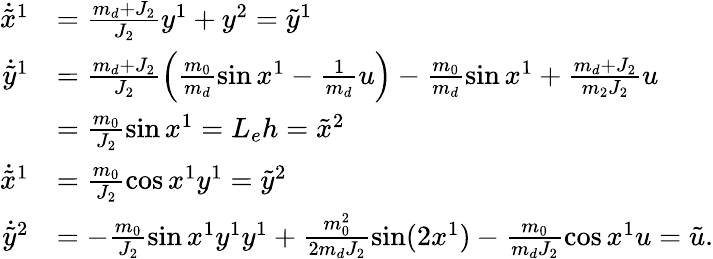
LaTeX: \begin{array}{rl}{\dot{\tilde{x}}^{1}}&{=\frac{m_{d}+J_{2}}{J_{2}}y^{1}+y^{2}=\tilde{y}^{1}}\\ {\dot{\tilde{y}}^{1}}&{=\frac{m_{d}+J_{2}}{J_{2}}\left(\frac{m_{0}}{m_{d}}\sin x^{1}-\frac{1}{m_{d}}u\right)-\frac{m_{0}}{m_{d}}\sin x^{1}+\frac{m_{d}+J_{2}}{m_{2}J_{2}}u}\\ &{=\frac{m_{0}}{J_{2}}\sin x^{1}=L_{e}h=\tilde{x}^{2}}\\ {\dot{\tilde{x}}^{1}}&{=\frac{m_{0}}{J_{2}}\cos x^{1}y^{1}=\tilde{y}^{2}}\\ {\dot{\tilde{y}}^{2}}&{=-\frac{m_{0}}{J_{2}}\sin x^{1}y^{1}y^{1}+\frac{m_{0}^{2}}{2m_{d}J_{2}}\sin(2x^{1})-\frac{m_{0}}{m_{d}J_{2}}\cos x^{1}u=\tilde{u}.}\end{array}